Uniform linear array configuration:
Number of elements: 8
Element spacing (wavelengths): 1
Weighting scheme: uniform
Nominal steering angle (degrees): -30
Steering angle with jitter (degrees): -30.896
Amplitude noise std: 0.05
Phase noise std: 0.05

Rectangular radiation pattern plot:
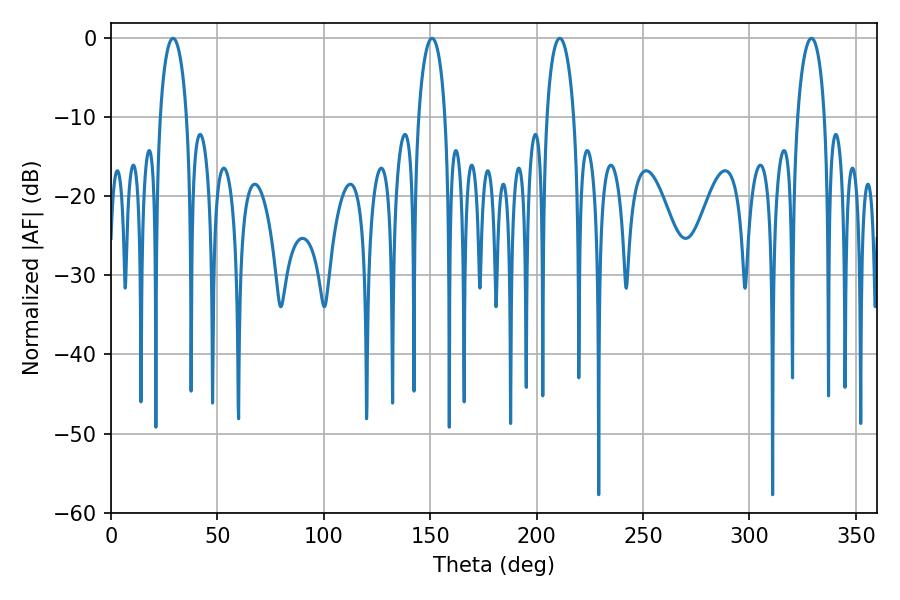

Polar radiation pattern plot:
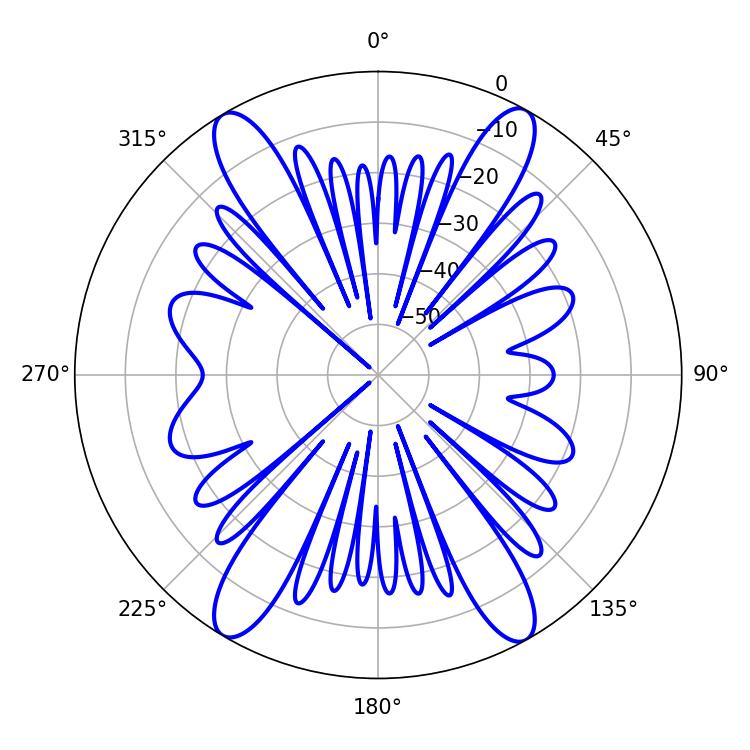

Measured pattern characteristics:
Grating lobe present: TRUE
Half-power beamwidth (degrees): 7.2
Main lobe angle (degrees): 29.16